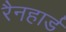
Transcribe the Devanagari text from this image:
रैनहार्ड